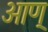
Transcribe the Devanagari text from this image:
आण्